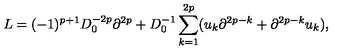
L = ( - 1 ) ^ { p + 1 } D _ { 0 } ^ { - 2 p } \partial ^ { 2 p } + D _ { 0 } ^ { - 1 } \sum _ { k = 1 } ^ { 2 p } ( u _ { k } \partial ^ { 2 p - k } + \partial ^ { 2 p - k } u _ { k } ) ,